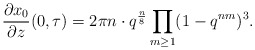
\begin{align*}\frac{\partial x_0}{\partial z}(0,\tau)=2\pi n \cdot q^{\frac{n}{8}} \prod_{m \geq 1}(1-q^{nm})^3.\end{align*}